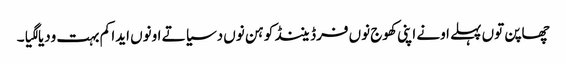
چھاپن توں پہلے اونے اپنی کھوج نوں فرڈیننڈ کوہن نوں دسیا تے اونوں ایدا کم بہت ودیا لگیا۔